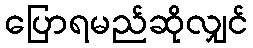
ပြောရမည်ဆိုလျှင်